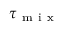
\tau _ { \mathrm { ~ m ~ i ~ x ~ } }